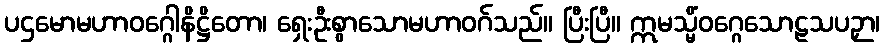
ပဌမောမဟာဝဂ္ဂေါနိဋ္ဌိတော၊ ရှေးဦးစွာသောမဟာဝဂ်သည်။ ပြီးပြီ။ ဣမသ္မိံဝဂ္ဂေသောဠသပဉှာ၊